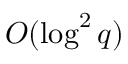
O ( \log ^ { 2 } { q } )